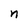
Character: n